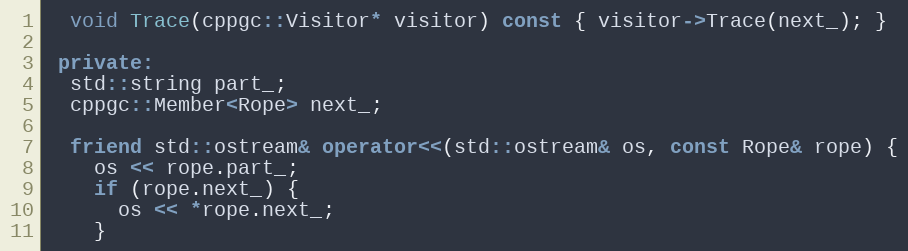
Language: C++
  void Trace(cppgc::Visitor* visitor) const { visitor->Trace(next_); }

 private:
  std::string part_;
  cppgc::Member<Rope> next_;

  friend std::ostream& operator<<(std::ostream& os, const Rope& rope) {
    os << rope.part_;
    if (rope.next_) {
      os << *rope.next_;
    }